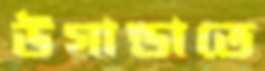
উগান্ডাতে